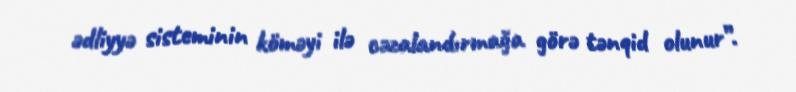
ədliyyə sisteminin köməyi ilə cəzalandırmağa görə tənqid olunur”.